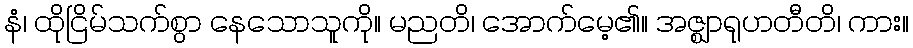
နံ၊ ထိုငြိမ်သက်စွာ နေသောသူကို။ မညတိ၊ အောက်မေ့၏။ အဇ္ဈာရုဟတီတိ၊ ကား။